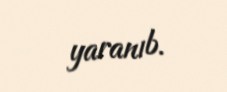
yaranıb.